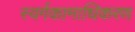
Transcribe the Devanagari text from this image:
स्वर्गकामाधिकरण